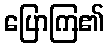
ပြောကြ၏